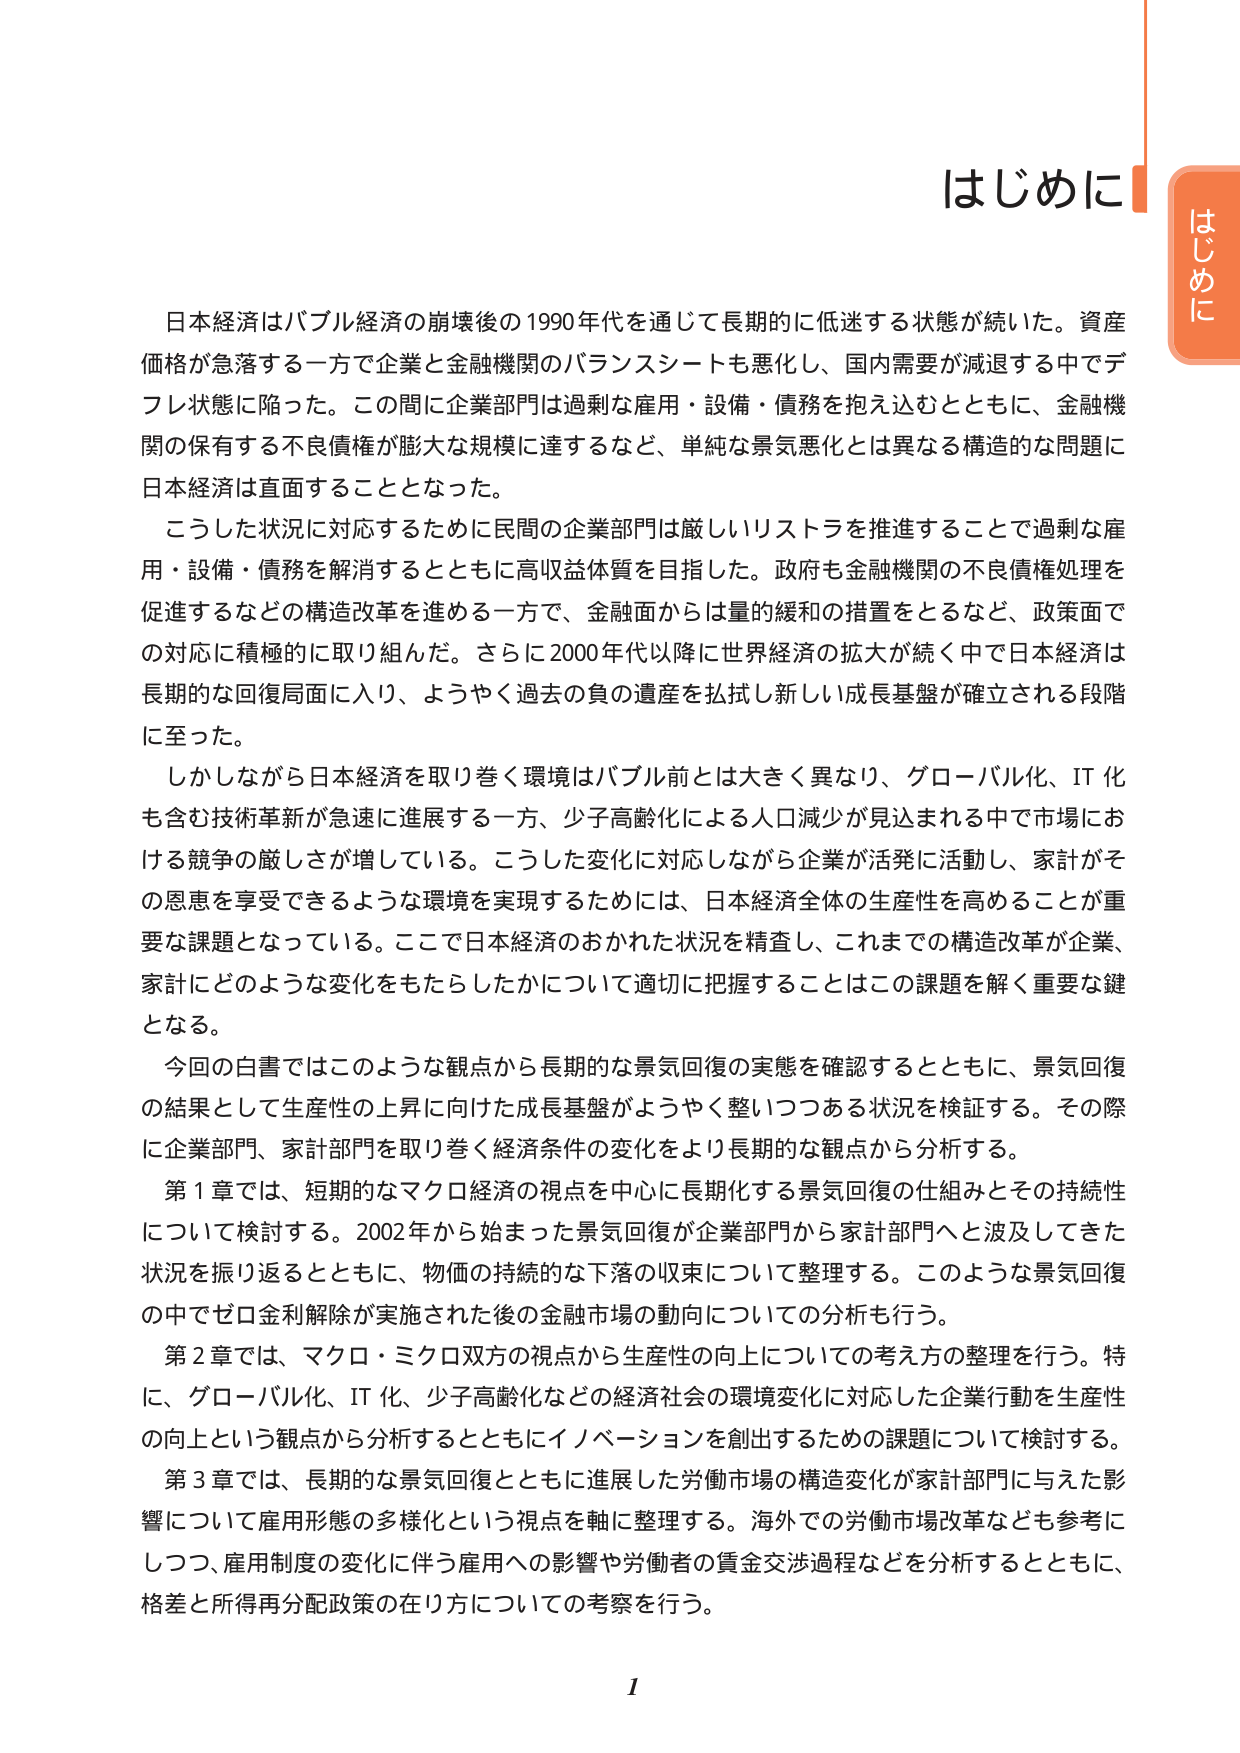
はじめに

日本経済はバブル経済の崩壊後の1990年代を通じて長期的に低迷する状態が続いた。資産価格が急落する一方で企業と金融機関のバランスシートも悪化し、国内需要が減退する中でデフレ状態に陥った。この間に企業部門は過剰な雇用・設備・債務を抱え込むとともに、金融機関の保有する不良債権が膨大な規模に達するなど、単純な景気悪化とは異なる構造的な問題に日本経済は直面することとなった。

こうした状況に対応するために民間の企業部門は厳しいリストラを推進することで過剰な雇用・設備・債務を解消するとともに高収益体質を目指した。政府も金融機関の不良債権処理を促進するなどの構造改革を進める一方で、金融面からは量的緩和の措置をとるなど、政策面での対応に積極的に取り組んだ。さらに2000年代以降に世界経済の拡大が続く中で日本経済は長期的な回復局面に入り、ようやく過去の負の遺産を払拭し新しい成長基盤が確立される段階に至った。

しかしながら日本経済を取り巻く環境はバブル前とは大きく異なり、グローバル化、IT化も含む技術革新が急速に進展する一方、少子高齢化による人口減少が見込まれる中で市場における競争の厳しさが増している。こうした変化に対応しながら企業が活発に活動し、家計がその恩恵を享受できるような環境を実現するためには、日本経済全体の生産性を高めることが重要な課題となっている。ここで日本経済のおかれた状況を精査し、これまでの構造改革が企業、家計にどのような変化をもたらしたかについて適切に把握することはこの課題を解く重要な鍵となる。

今回の白書ではこのような観点から長期的な景気回復の実態を確認するとともに、景気回復の結果として生産性の上昇に向けた成長基盤がようやく整いつつある状況を検証する。その際に企業部門、家計部門を取り巻く経済条件の変化をより長期的な観点から分析する。

第1章では、短期的なマクロ経済の視点を中心に長期化する景気回復の仕組みとその持続性について検討する。2002年から始まった景気回復が企業部門から家計部門へと波及してきた状況を振り返るとともに、物価の持続的な下落の収束について整理する。このような景気回復の中でゼロ金利解除が実施された後の金融市場の動向についての分析も行う。

第2章では、マクロ・ミクロ双方の視点から生産性の向上についての考え方の整理を行う。特に、グローバル化、IT化、少子高齢化などの経済社会の環境変化に対応した企業行動を生産性の向上という観点から分析するとともにイノベーションを創出するための課題について検討する。

第3章では、長期的な景気回復とともに進展した労働市場の構造変化が家計部門に与えた影響について雇用形態の多様化という視点を軸に整理する。海外での労働市場改革なども参考にしつつ、雇用制度の変化に伴う雇用への影響や労働者の賃金交渉過程などを分析するとともに、格差と所得再分配政策の在り方についての考察を行う。

1